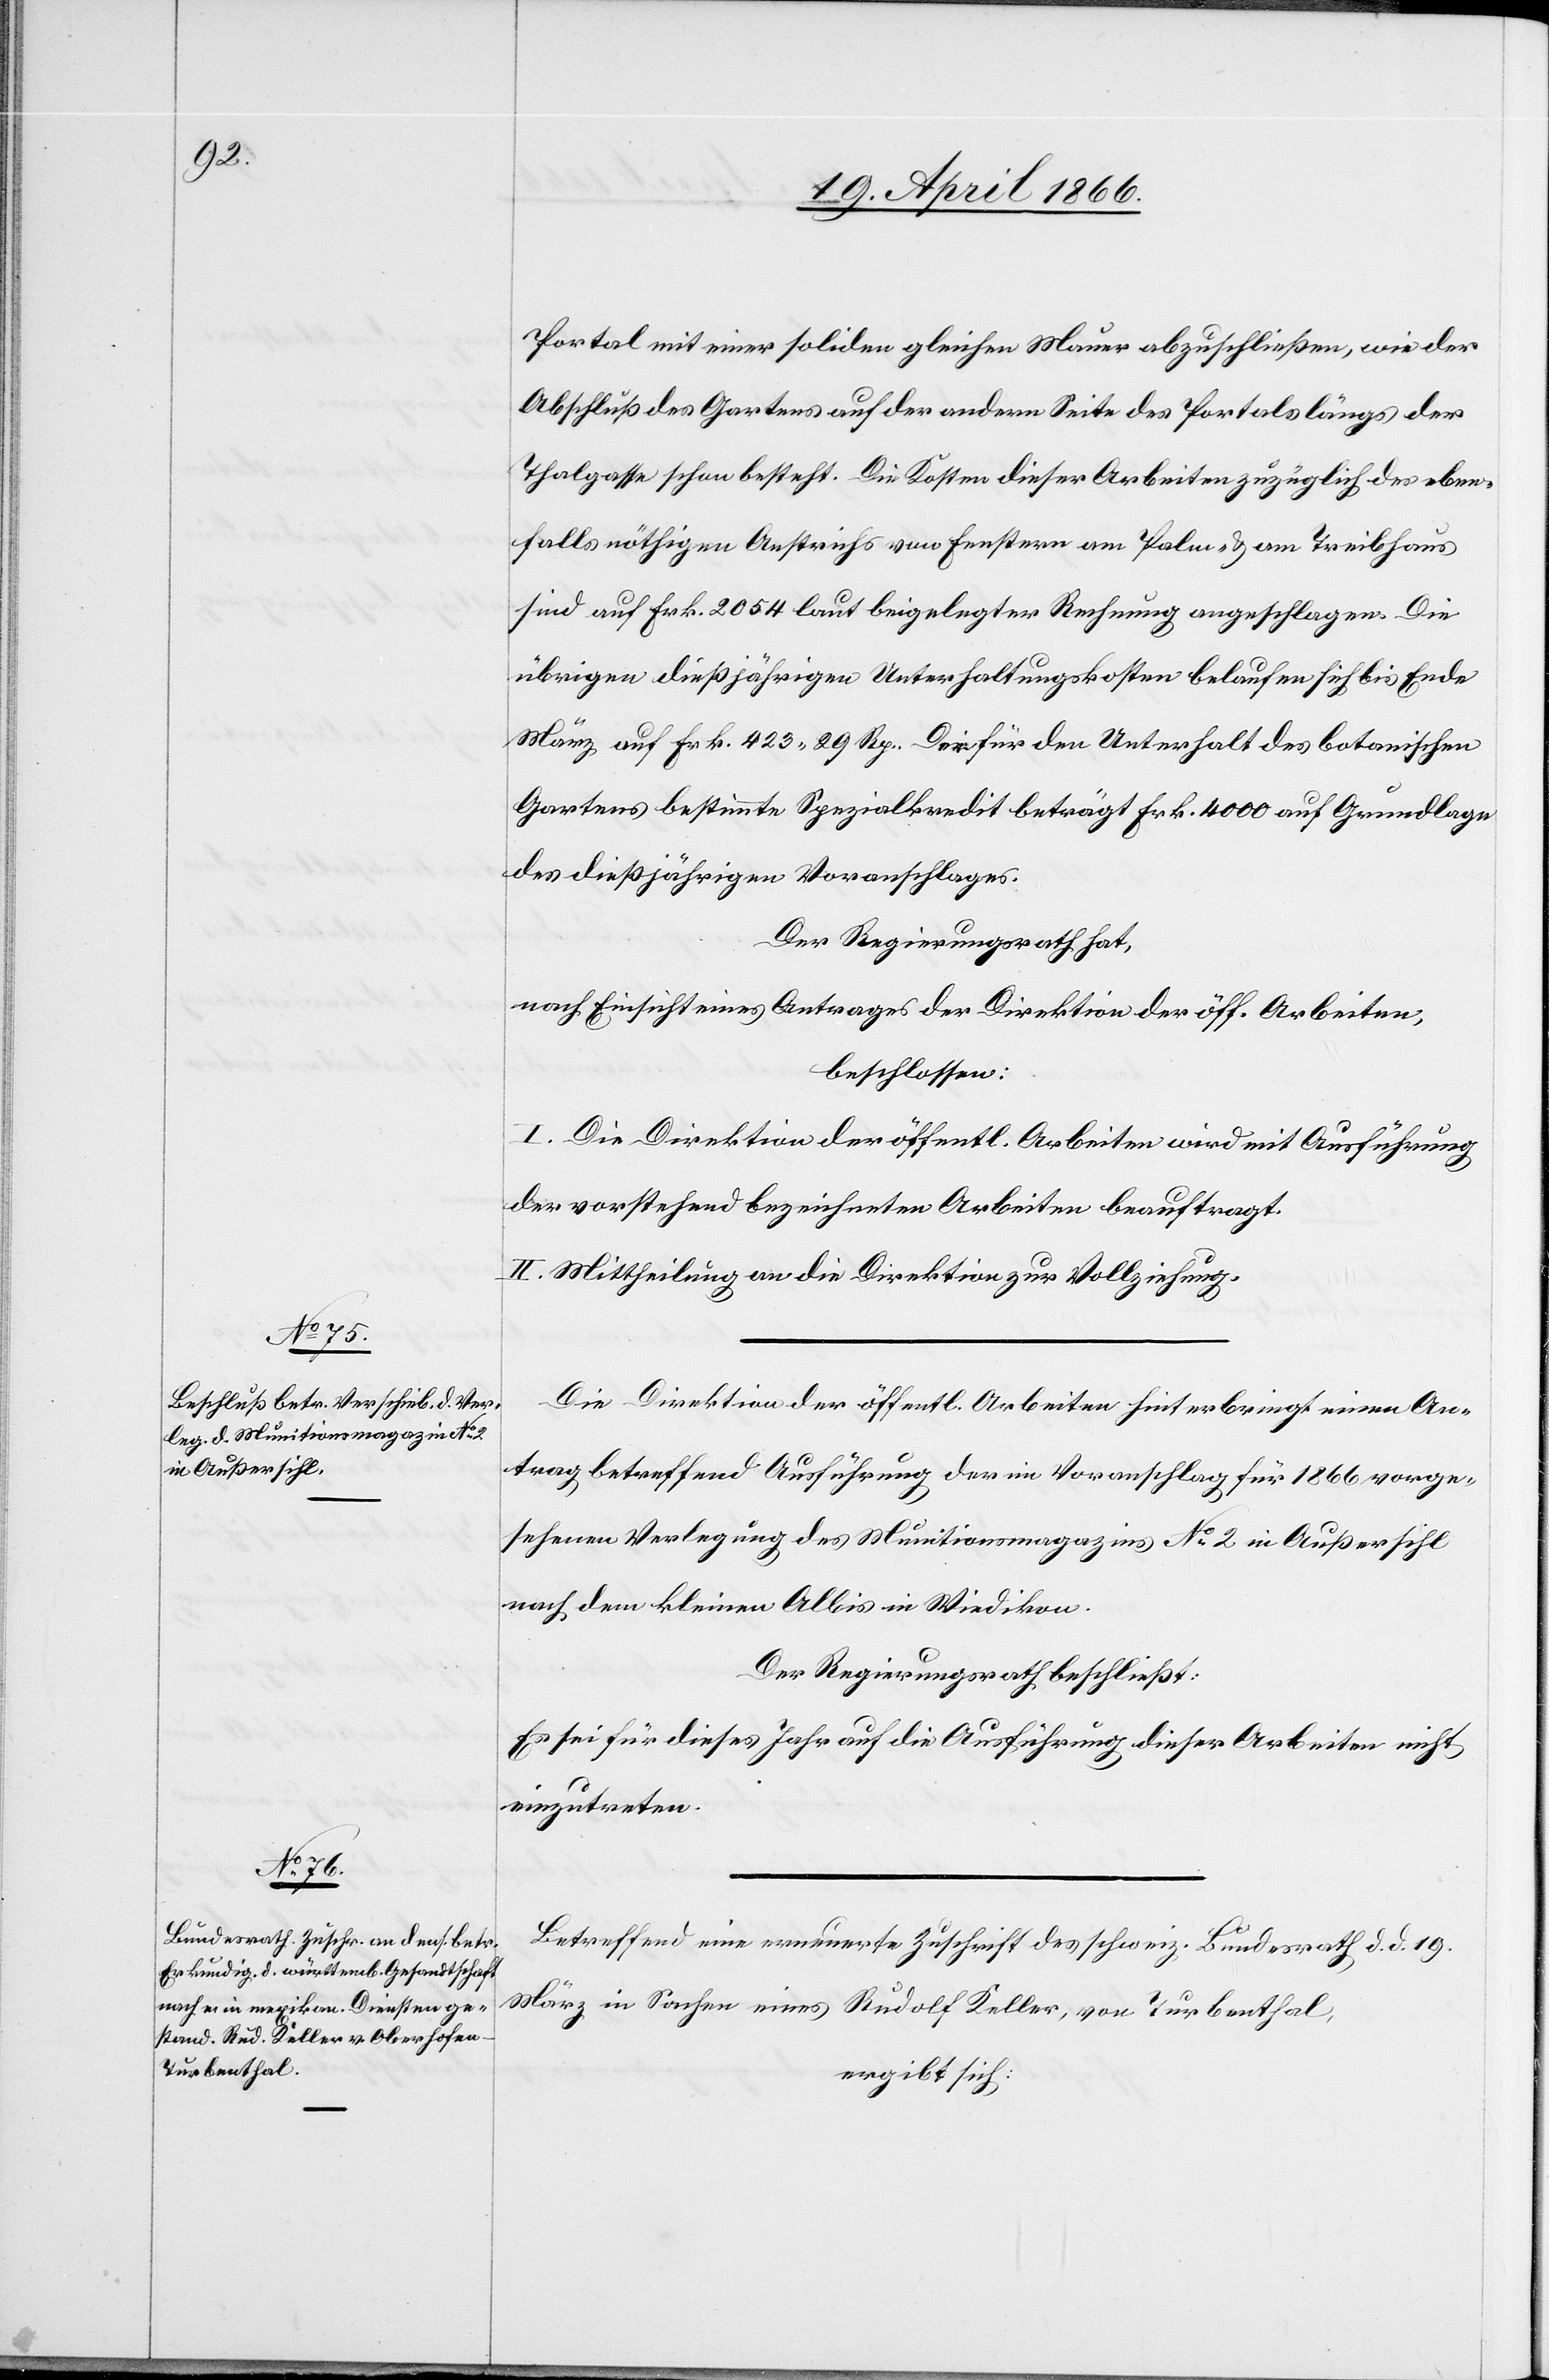
der

Portal mit einer soliden gleichen Mauer abzuschließen, wie der
Thalgasse schon besteht. Die Kosten dieser Arbeiten zuzüglich des eben¬
falls nöthigen Anstrichs von Fenstern am Palm- u. am Treibhaus
sind auf Frk. 2054 laut beigelegter Rechnung angeschlagen. Die
übrigen dießjährigen Unterhaltungskosten belaufen sich bis Ende
März auf Frk. 423.29 Rp. Der für den Unterhalt des botanischen
Gartens bestimmte Spezialkredit beträgt Frk. 4000 auf Grundlage
des dießjährigen Voranschlages.
Der Regierungsrath hat,
nach Einsicht eines Antrages der Direktion der öff. Arbeiten,
beschlossen:
I. Die Direktion der öffentl. Arbeiten wird mit Ausführung
der vorstehend bezeichneten Arbeiten beauftragt.
II. Mittheilung an die Direktion zur Vollziehung.
Die Direktion der öffentl. Arbeiten hinterbringt einen An¬
trag betreffend Ausführung der im Voranschlag für 1866 vorge¬
sehenen Verlegung des Munitionsmagazins No. 2 in Außersihl
nach dem kleinen Albis in Wiedikon.
Der Regierungsrath beschließt:
Es sei dieses Jahr auf die Ausführung dieser Arbeiten nicht
einzutreten.
Betreffend eine erneuerte Zuschrift des schweiz. Bundesrath d. d. 19.
März in Sachen eines Rudolf Keller, von Turbenthal,
ergibt sich: